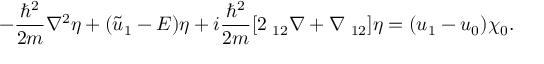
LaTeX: - { \frac { \hbar ^ { 2 } } { 2 m } } \nabla ^ { 2 } \eta + ( { \tilde { u } } _ { 1 } - E ) \eta + i { \frac { \hbar ^ { 2 } } { 2 m } } [ 2 \mathbf { \tau } _ { 1 2 } \nabla + \nabla \mathbf { \tau } _ { 1 2 } ] \eta = ( u _ { 1 } - u _ { 0 } ) \chi _ { 0 } .